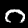
Digit: 0